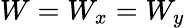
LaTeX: W=W_{x}=W_{y}